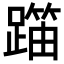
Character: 𬧍